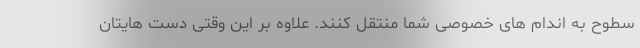
سطوح به اندام های خصوصی شما منتقل کنند. علاوه بر این وقتی دست هایتان